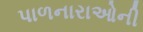
પાળનારાઓની